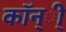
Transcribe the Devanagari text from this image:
कॉन्ी्